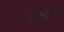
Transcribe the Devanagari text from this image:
महाभारतों